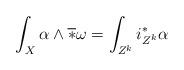
LaTeX: \begin{align*}\int_X\alpha\wedge\overline{*}\omega=\int_{Z^k}i_{Z^k}^*\alpha\end{align*}